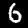
Digit: 6